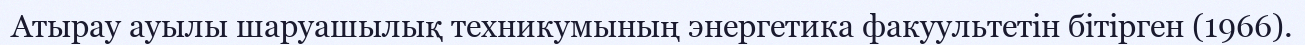
Атырау ауылы шаруашылық техникумының энергетика факуультетін бітірген (1966).